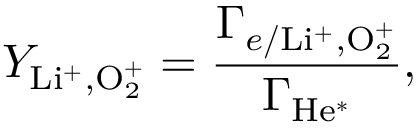
Y _ { \mathrm { L i ^ { + } , O _ { 2 } ^ { + } } } = \frac { \Gamma _ { e / \mathrm { L i ^ { + } , O _ { 2 } ^ { + } } } } { \Gamma _ { \mathrm { H e ^ { * } } } } ,